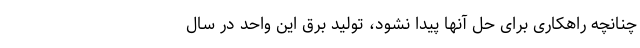
چنانچه راهکاری برای حل آنها پیدا نشود، تولید برق این واحد در سال‌